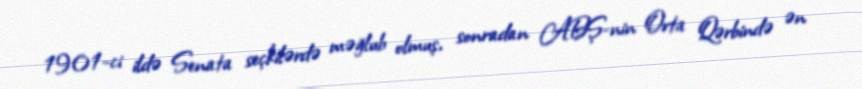
1901-ci ildə Senata seçkilərdə məğlub olmuş, sonradan ABŞ-nin Orta Qərbində ən